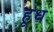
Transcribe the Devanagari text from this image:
हूध